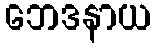
ဘေဒနာယ